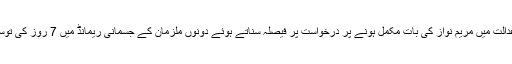
بعد ازاں عدالت میں مریم نواز کی بات مکمل ہونے پر درخواست پر فیصلہ سناتے ہوئے دونوں ملزمان کے جسمانی ریمانڈ میں 7 روز کی توسیع کردی۔